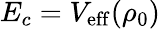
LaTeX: E_{c}=V_{\mathrm{eff}}(\rho_{0})